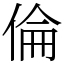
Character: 倫